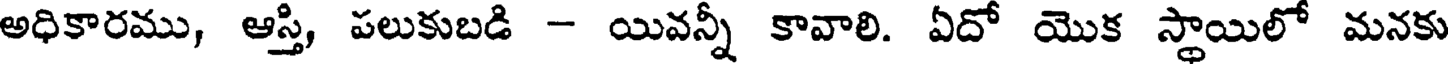
అధికారము, ఆస్తి, పలుకుబడి - యివన్నీ కావాలి. ఏదో యొక స్థాయిలో మనకు